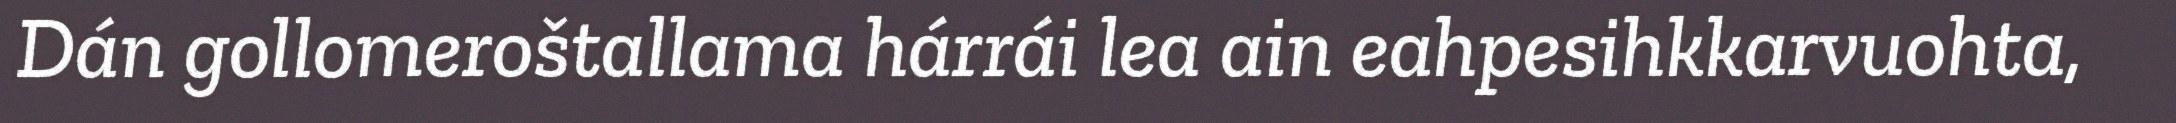
Dán gollomeroštallama hárrái lea ain eahpesihkkarvuohta,